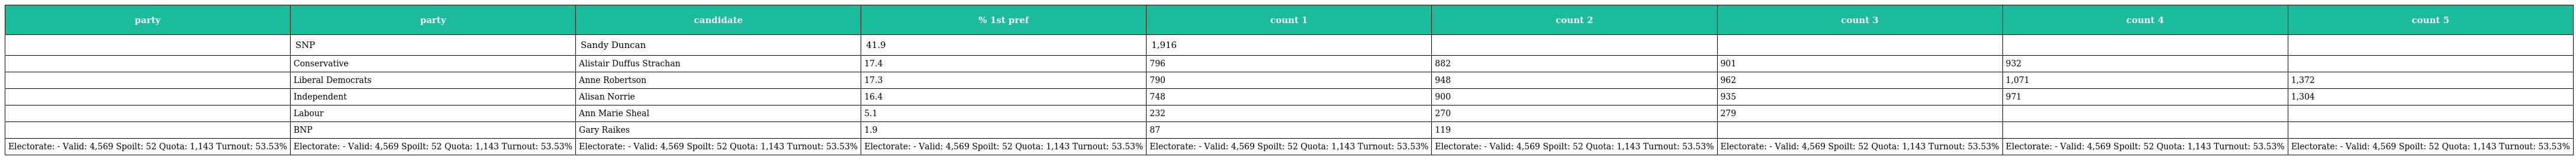
| party | party | candidate | % 1st pref | count 1 | count 2 | count 3 | count 4 | count 5 |
 | --- | --- | --- | --- | --- | --- | --- | --- | --- |
 |  | SNP | Sandy Duncan | 41.9 | 1,916 |  |  |  |  |
 |  | Conservative | Alistair Duffus Strachan | 17.4 | 796 | 882 | 901 | 932 |  |
 |  | Liberal Democrats | Anne Robertson | 17.3 | 790 | 948 | 962 | 1,071 | 1,372 |
 |  | Independent | Alisan Norrie | 16.4 | 748 | 900 | 935 | 971 | 1,304 |
 |  | Labour | Ann Marie Sheal | 5.1 | 232 | 270 | 279 |  |  |
 |  | BNP | Gary Raikes | 1.9 | 87 | 119 |  |  |  |
 | Electorate: - Valid: 4,569 Spoilt: 52 Quota: 1,143 Turnout: 53.53% | Electorate: - Valid: 4,569 Spoilt: 52 Quota: 1,143 Turnout: 53.53% | Electorate: - Valid: 4,569 Spoilt: 52 Quota: 1,143 Turnout: 53.53% | Electorate: - Valid: 4,569 Spoilt: 52 Quota: 1,143 Turnout: 53.53% | Electorate: - Valid: 4,569 Spoilt: 52 Quota: 1,143 Turnout: 53.53% | Electorate: - Valid: 4,569 Spoilt: 52 Quota: 1,143 Turnout: 53.53% | Electorate: - Valid: 4,569 Spoilt: 52 Quota: 1,143 Turnout: 53.53% | Electorate: - Valid: 4,569 Spoilt: 52 Quota: 1,143 Turnout: 53.53% | Electorate: - Valid: 4,569 Spoilt: 52 Quota: 1,143 Turnout: 53.53% |